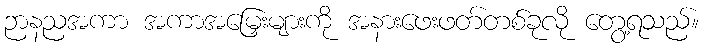
ဉာနညအကာ အကာအမြှေးများကို အနားဖေးဖတ်တစ်ခုလို တွေ့ရသည်။